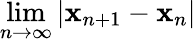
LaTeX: \lim\limits_{n\rightarrow\infty}|\mathbf{x}_{n+1}-\mathbf{x}_{n}|